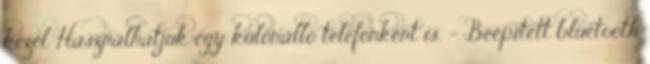
kezel. Használhatjuk egy különálló telefonként is. - Beépített bluetooth